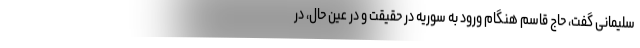
سلیمانی گفت، حاج قاسم هنگام ورود به سوریه در حقیقت و در عین حال، در